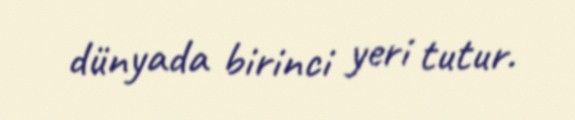
dünyada birinci yeri tutur.